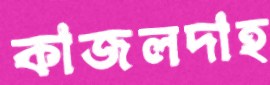
কাজলদাহ